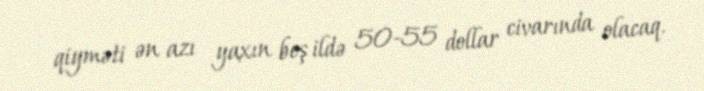
qiyməti ən azı yaxın beş ildə 50-55 dollar civarında olacaq.